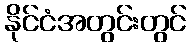
နိုင်ငံအတွင်းတွင်